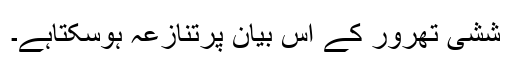
ششی تھرور کے اس بیان پرتنازعہ ہوسکتاہے۔